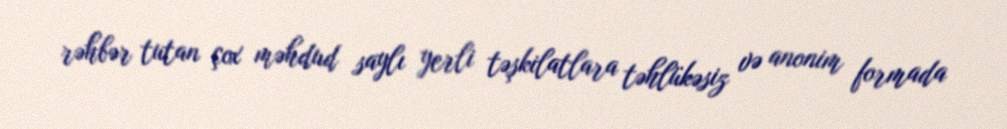
rəhbər tutan çox məhdud saylı yerli təşkilatlara təhlükəsiz və anonim formada